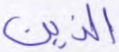
الذين